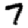
Digit: 7